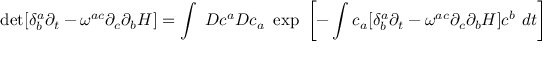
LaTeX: \operatorname * { d e t } [ \delta _ { b } ^ { a } \partial _ { t } - \omega ^ { a c } \partial _ { c } \partial _ { b } H ] = \int ~ { \cal D } c ^ { a } { \cal D } { \o c } _ { a } ~ \exp ~ \biggl [ - \int { \o c } _ { a } [ \delta _ { b } ^ { a } \partial _ { t } - \omega ^ { a c } \partial _ { c } \partial _ { b } H ] c ^ { b } ~ d t \biggr ]